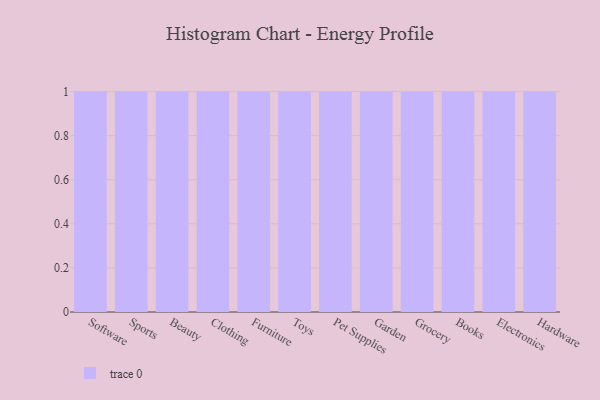
{"axis": {"x": "Category", "y": "Tickets Resolved"}, "legend": [""], "data": [{"x": "Software", "y": 85, "type": ""}, {"x": "Sports", "y": 26, "type": ""}, {"x": "Beauty", "y": 13, "type": ""}, {"x": "Clothing", "y": 17, "type": ""}, {"x": "Furniture", "y": 56, "type": ""}, {"x": "Toys", "y": 25, "type": ""}, {"x": "Pet Supplies", "y": 69, "type": ""}, {"x": "Garden", "y": 62, "type": ""}, {"x": "Grocery", "y": 35, "type": ""}, {"x": "Books", "y": 62, "type": ""}, {"x": "Electronics", "y": 23, "type": ""}, {"x": "Hardware", "y": 82, "type": ""}]}